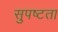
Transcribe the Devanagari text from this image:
सुपष्टता